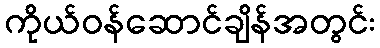
ကိုယ်ဝန်ဆောင်ချိန်အတွင်း